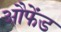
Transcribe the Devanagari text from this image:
औफेंड